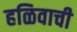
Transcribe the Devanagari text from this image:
हळिवाची